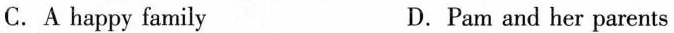
C.A happy family D.Pam and her parents